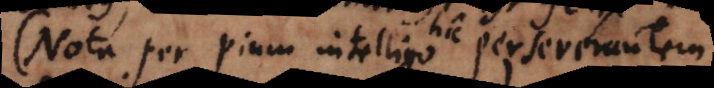
(Nota per pium intelligo perseverantem